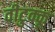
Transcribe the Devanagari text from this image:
वीटुक्कू